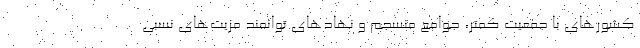
کشورهای با جمعیت کمتر، جوامع منسجم و نهادهای توانمند مزیت‌های نسبی